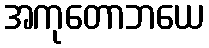
အကုတောဘယေ